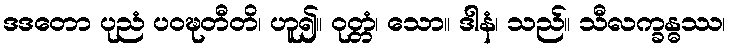
ဒဒတော ပုညံ ပဝဍ္ဎတီတိ၊ ဟူ၍။ ဝုတ္တံ၊ သော။ ဒါနံ၊ သည်။ သီလက္ခန္ဓဿ၊